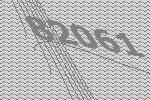
82061